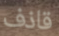
قاذف